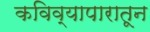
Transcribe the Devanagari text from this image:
कविव्यापारातून